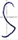
Text: S